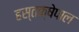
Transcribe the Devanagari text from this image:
हस्तक्षेपाल